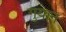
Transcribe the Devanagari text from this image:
गुयान